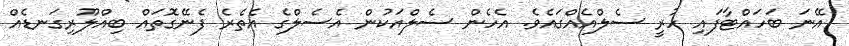
އޭނަ ބަހައްޓާފައި ހުރީ ސެލްއެއްގައެވެ. އެހެން ސެލްއަކުން އެސެލްގެ އެތެރެ ފެނޭގޮތައް ބިއްލޫރިގަނޑެއް